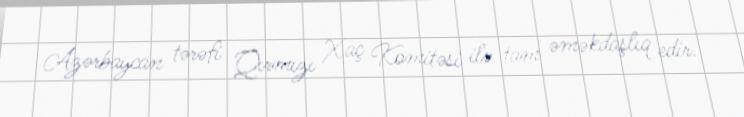
Azərbaycan tərəfi Qırmızı Xaç Komitəsi ilə tam əməkdaşlıq edir.